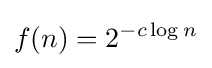
f(n)=2^{-c\log n}